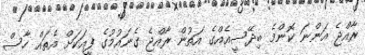
ރާއްޖެ އަންނަ ކޮންމެ ބިދޭސީއެއްގެ އަތުން ރާއްޖެ ގެނައުމުގެ ފީއަކަށް އެތައް ހާސް